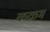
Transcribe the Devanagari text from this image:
कऴम